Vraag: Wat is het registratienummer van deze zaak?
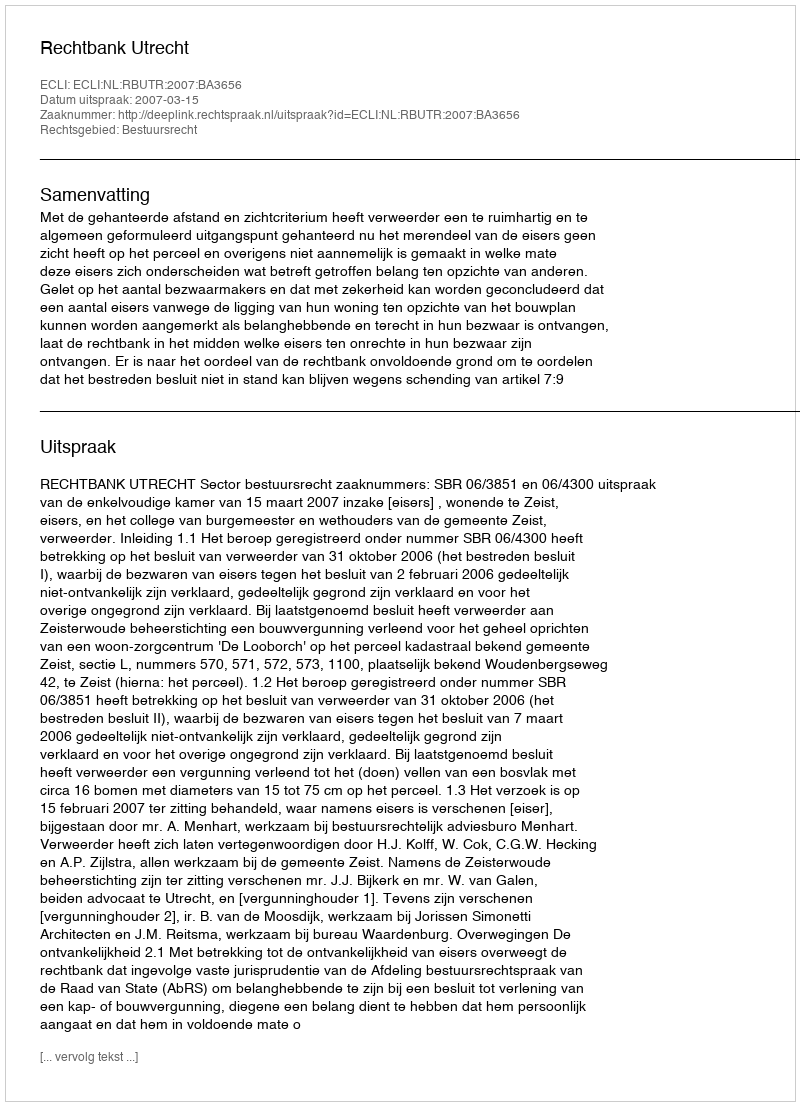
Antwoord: http://deeplink.rechtspraak.nl/uitspraak?id=ECLI:NL:RBUTR:2007:BA3656